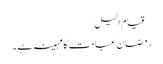
 قیام الیل
رمضان عبادت کا مہینہ ہے ۔